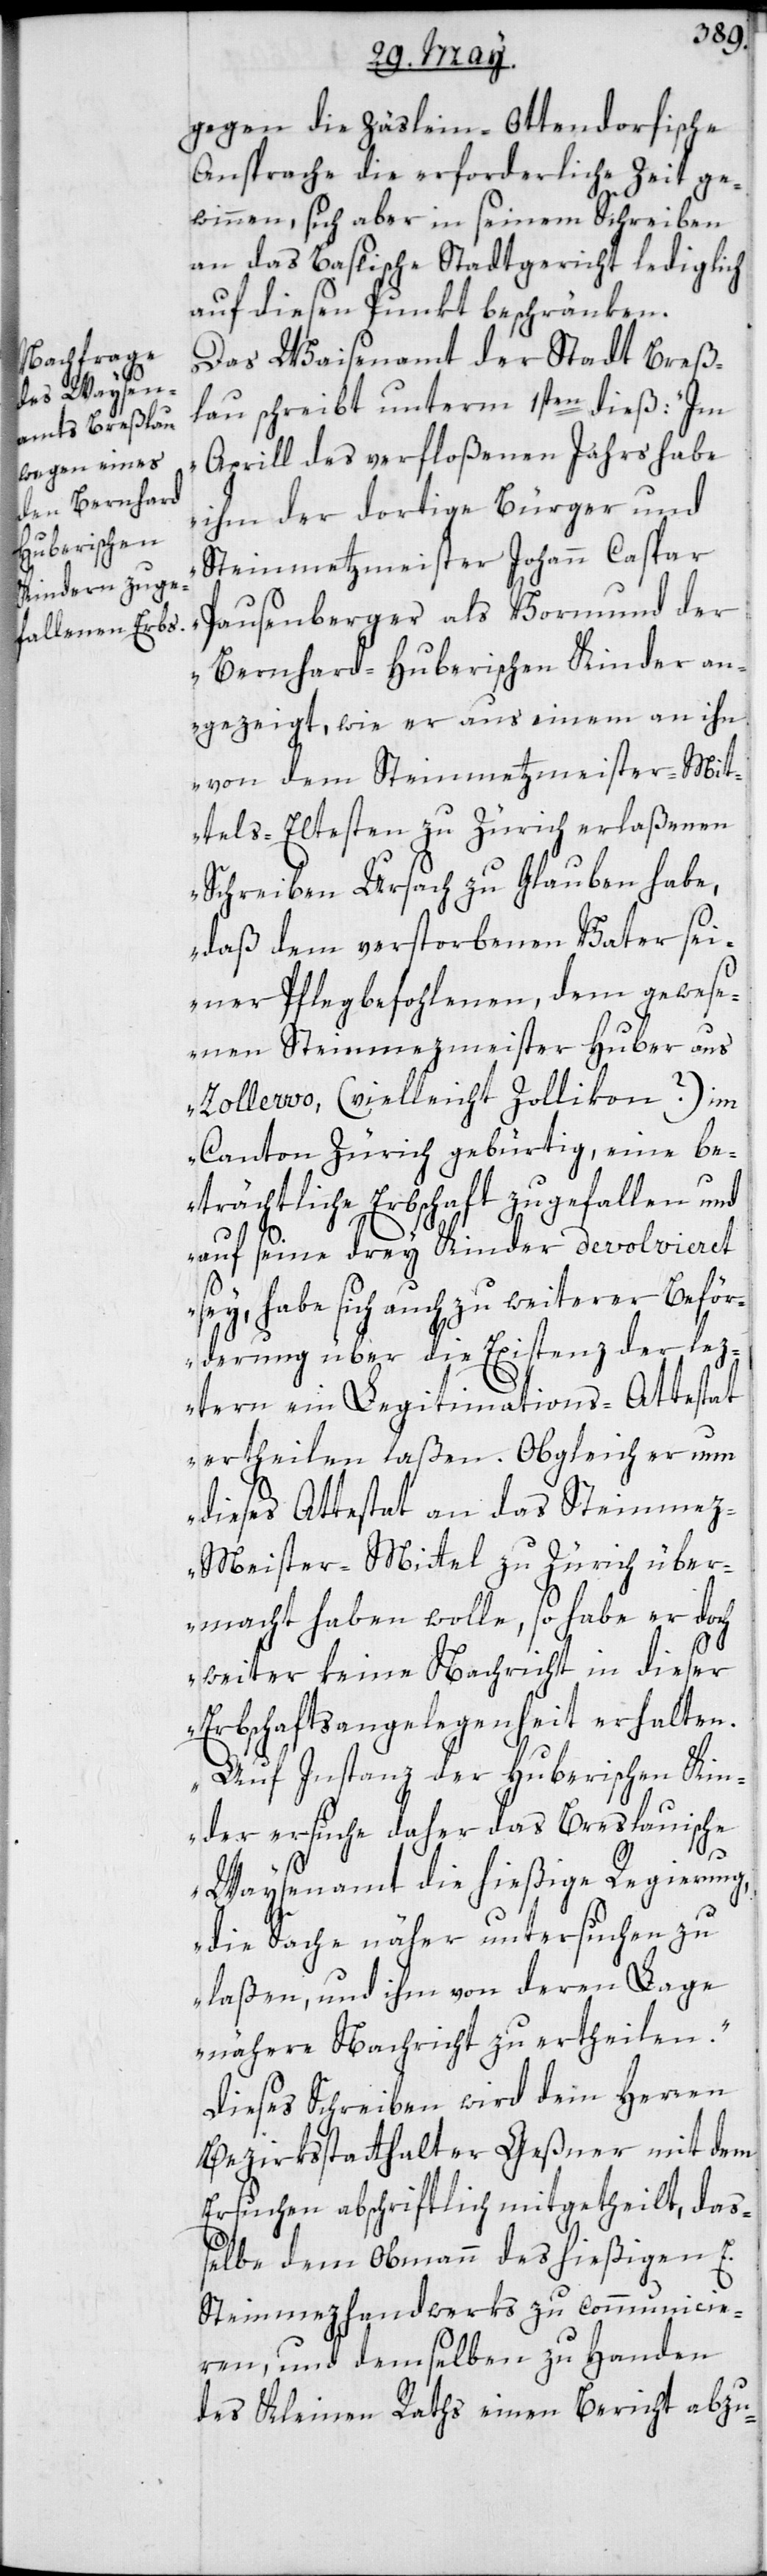
gegen die Zäslein-Ottendorfische
Ansprache die erforderliche Zeit ge¬
winnen, sich aber in seinem Schreiben
an das Baslische Stadtgericht lediglich
auf diesen Punkt beschränken.
Das Waisenamt der Stadt Breß¬
lau schreibt unterm 1sten dieß: „Im
Aprill des verfloßenen Jahrs habe
ihm der dortige Bürger und
Steinmetzmeister Johann Caspar
Pausenberger als Vormund der
Bernhard-Huberischen Kinder an¬
gezeigt, wie er aus einem an ihn
von dem Steinmetzmeister-Mit¬
tels-Eltesten zu Zürich erlaßenen
Schreiben Ursach zu glauben habe,
daß dem verstorbenen Vater sei¬
ner Pflegbefohlenen, dem gewese¬
nen Steinmezmeister Huber aus
Zollewo (vielleicht Zollikon?) im
Canton Zürich gebürtig, eine be¬
trächtliche Erbschaft zugefallen und
auf seine drey Kinder devolvieret
sey, habe sich auch zu weiterer Beför¬
derung über die Existenz der lez¬
tern ein Legitimations-Attestat
ertheilen laßen. Obgleich er nun
dieses Attestat an das Steinme¬
z-Meister-Mittel zu Zürich über¬
macht haben wolle, so habe er doch
weiter keine Nachricht in dieser
Erbschaftsangelegenheit erhalten.
Auf Instanz der huberischen Kin¬
der ersuche daher das Breslauische
Waysenamt die hießige Regierung,
die Sache näher untersuchen zu
laßen und ihm von deren Lage
nähere Nachricht zu ertheilen“.
Dieses Schreiben wird dem Herren
Bezirksstatthalter Geßner mit dem
Ersuchen abschriftlich mitgetheilt, daß¬
elbe dem Obmann des hießigen E.
Steinmezhandwerks zu communicie¬
ren und demselben zu Handen
des Kleinen Raths einen Bericht abzu-